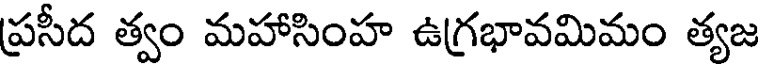
ప్రసీద త్వం మహాసింహ ఉగ్రభావమిమం త్యజ